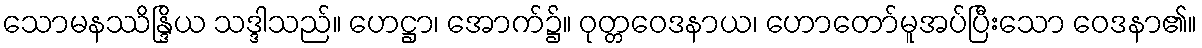
သောမနဿိန္ဒြိယ သဒ္ဒါသည်။ ဟေဋ္ဌာ၊ အောက်၌။ ဝုတ္တဝေဒနာယ၊ ဟောတော်မူအပ်ပြီးသော ဝေဒနာ၏။